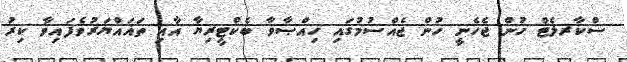
ސްކާރލެޓް ހުން ޖެހެނީ ހުން ޖެއްސުމުގައި ހިއްޞާވާ ބެކްޓީރިޔާ އާއި ތަޣައްޔަރުވެފައިވާ ކިރު